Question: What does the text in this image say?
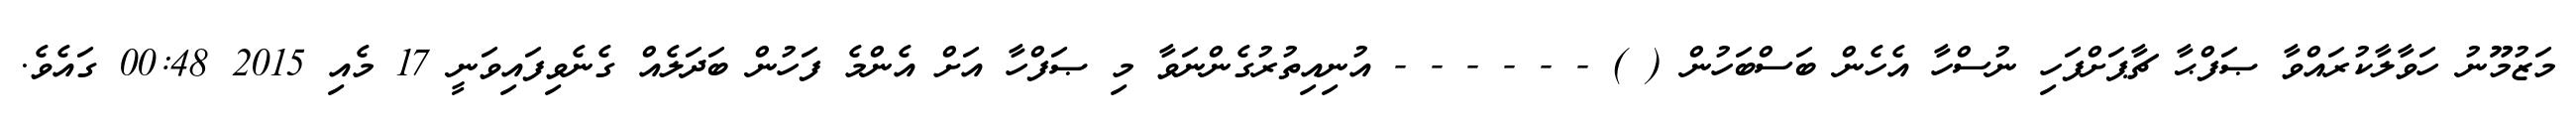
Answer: މަޒުމޫނު ހަވާލާކުރައްވާ ޞަފްޙާ ޗާޕަށްފަހި ނުސްހާ އެހެން ބަސްބަހުން ( ) - - - - - - އުނިއިތުރުގެންނަވާ މި ޞަފްހާ އަށް އެންމެ ފަހުން ބަދަލެއް ގެނެވިފައިވަނީ 17 މެއި 2015 00:48 ގައެވެ.